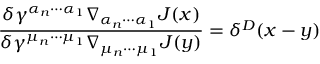
\frac { \delta \gamma ^ { \alpha _ { n } \cdots \alpha _ { 1 } } \nabla _ { \alpha _ { n } \cdots \alpha _ { 1 } } J ( x ) } { \delta \gamma ^ { \mu _ { n } \cdots \mu _ { 1 } } \nabla _ { \mu _ { n } \cdots \mu _ { 1 } } J ( y ) } = \delta ^ { D } ( x - y )